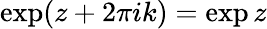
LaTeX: \exp(z+2\pi ik)=\exp z